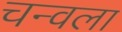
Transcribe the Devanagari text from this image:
चन्वला